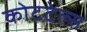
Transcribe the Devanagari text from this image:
कोटटेल्स